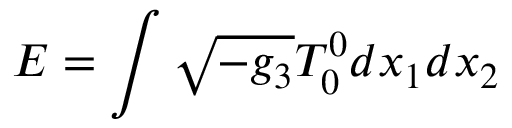
{ \cal E } = \int \sqrt { - g _ { 3 } } T _ { 0 } ^ { 0 } d x _ { 1 } d x _ { 2 }